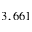
3 , 6 6 1